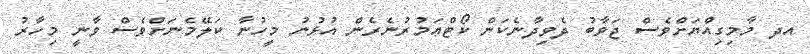
އދ މާމިގިއްޔަށްވެސް ޖަވާބު ދެވިދާނެކަން ކޯޓްޢަމުރުނެރެން އުޅުނު މީހުނާ ކަލޭމެނަށްވެސް ވާނީ މިހާރު